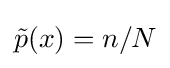
{\tilde {p}}(x)=n/N